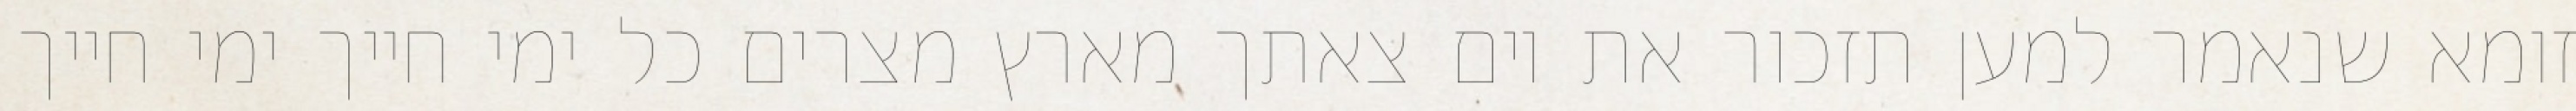
זומא שנאמר למען תזכור את יום צאתך מארץ מצרים כל ימי חייך ימי חייך